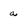
Character: a